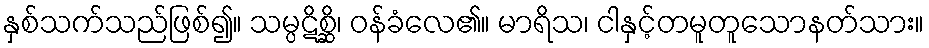
နှစ်သက်သည်ဖြစ်၍။ သမ္ပဋိစ္ဆိ၊ ဝန်ခံလေ၏။ မာရိသ၊ ငါနှင့်တမူတူသောနတ်သား။